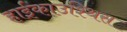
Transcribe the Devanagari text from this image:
हाईकाउश्थिस